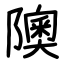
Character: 隩